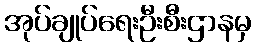
အုပ်ချုပ်ရေးဦးစီးဌာနမှ